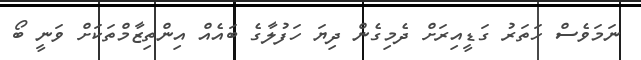
ނަމަވެސް ހަތަރު ގަޑީއިރަށް ދެމިގެން ދިޔަ ހަފުލާގެ ބައެއް އިންތިޒާމްތަކަށް ވަނީ ބޯ